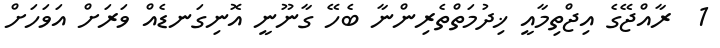
1  ރާއްޖޭގެ އިޖްތިމާއީ ޚިދުމަތްތެރިންނާ ބެހޭ ގާނޫނީ އޮނިގަނޑެއް ވަރަށް އަވަހަށް